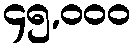
၄၅,၀၀၀